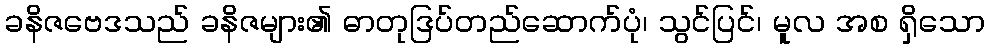
ခနိဇဗေဒသည် ခနိဇများ၏ ဓာတုဒြပ်တည်ဆောက်ပုံ၊ သွင်ပြင်၊ မူလ အစ ရှိသော